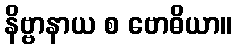
နိဗ္ဗာနာယ စ ဗောဓိယာ။